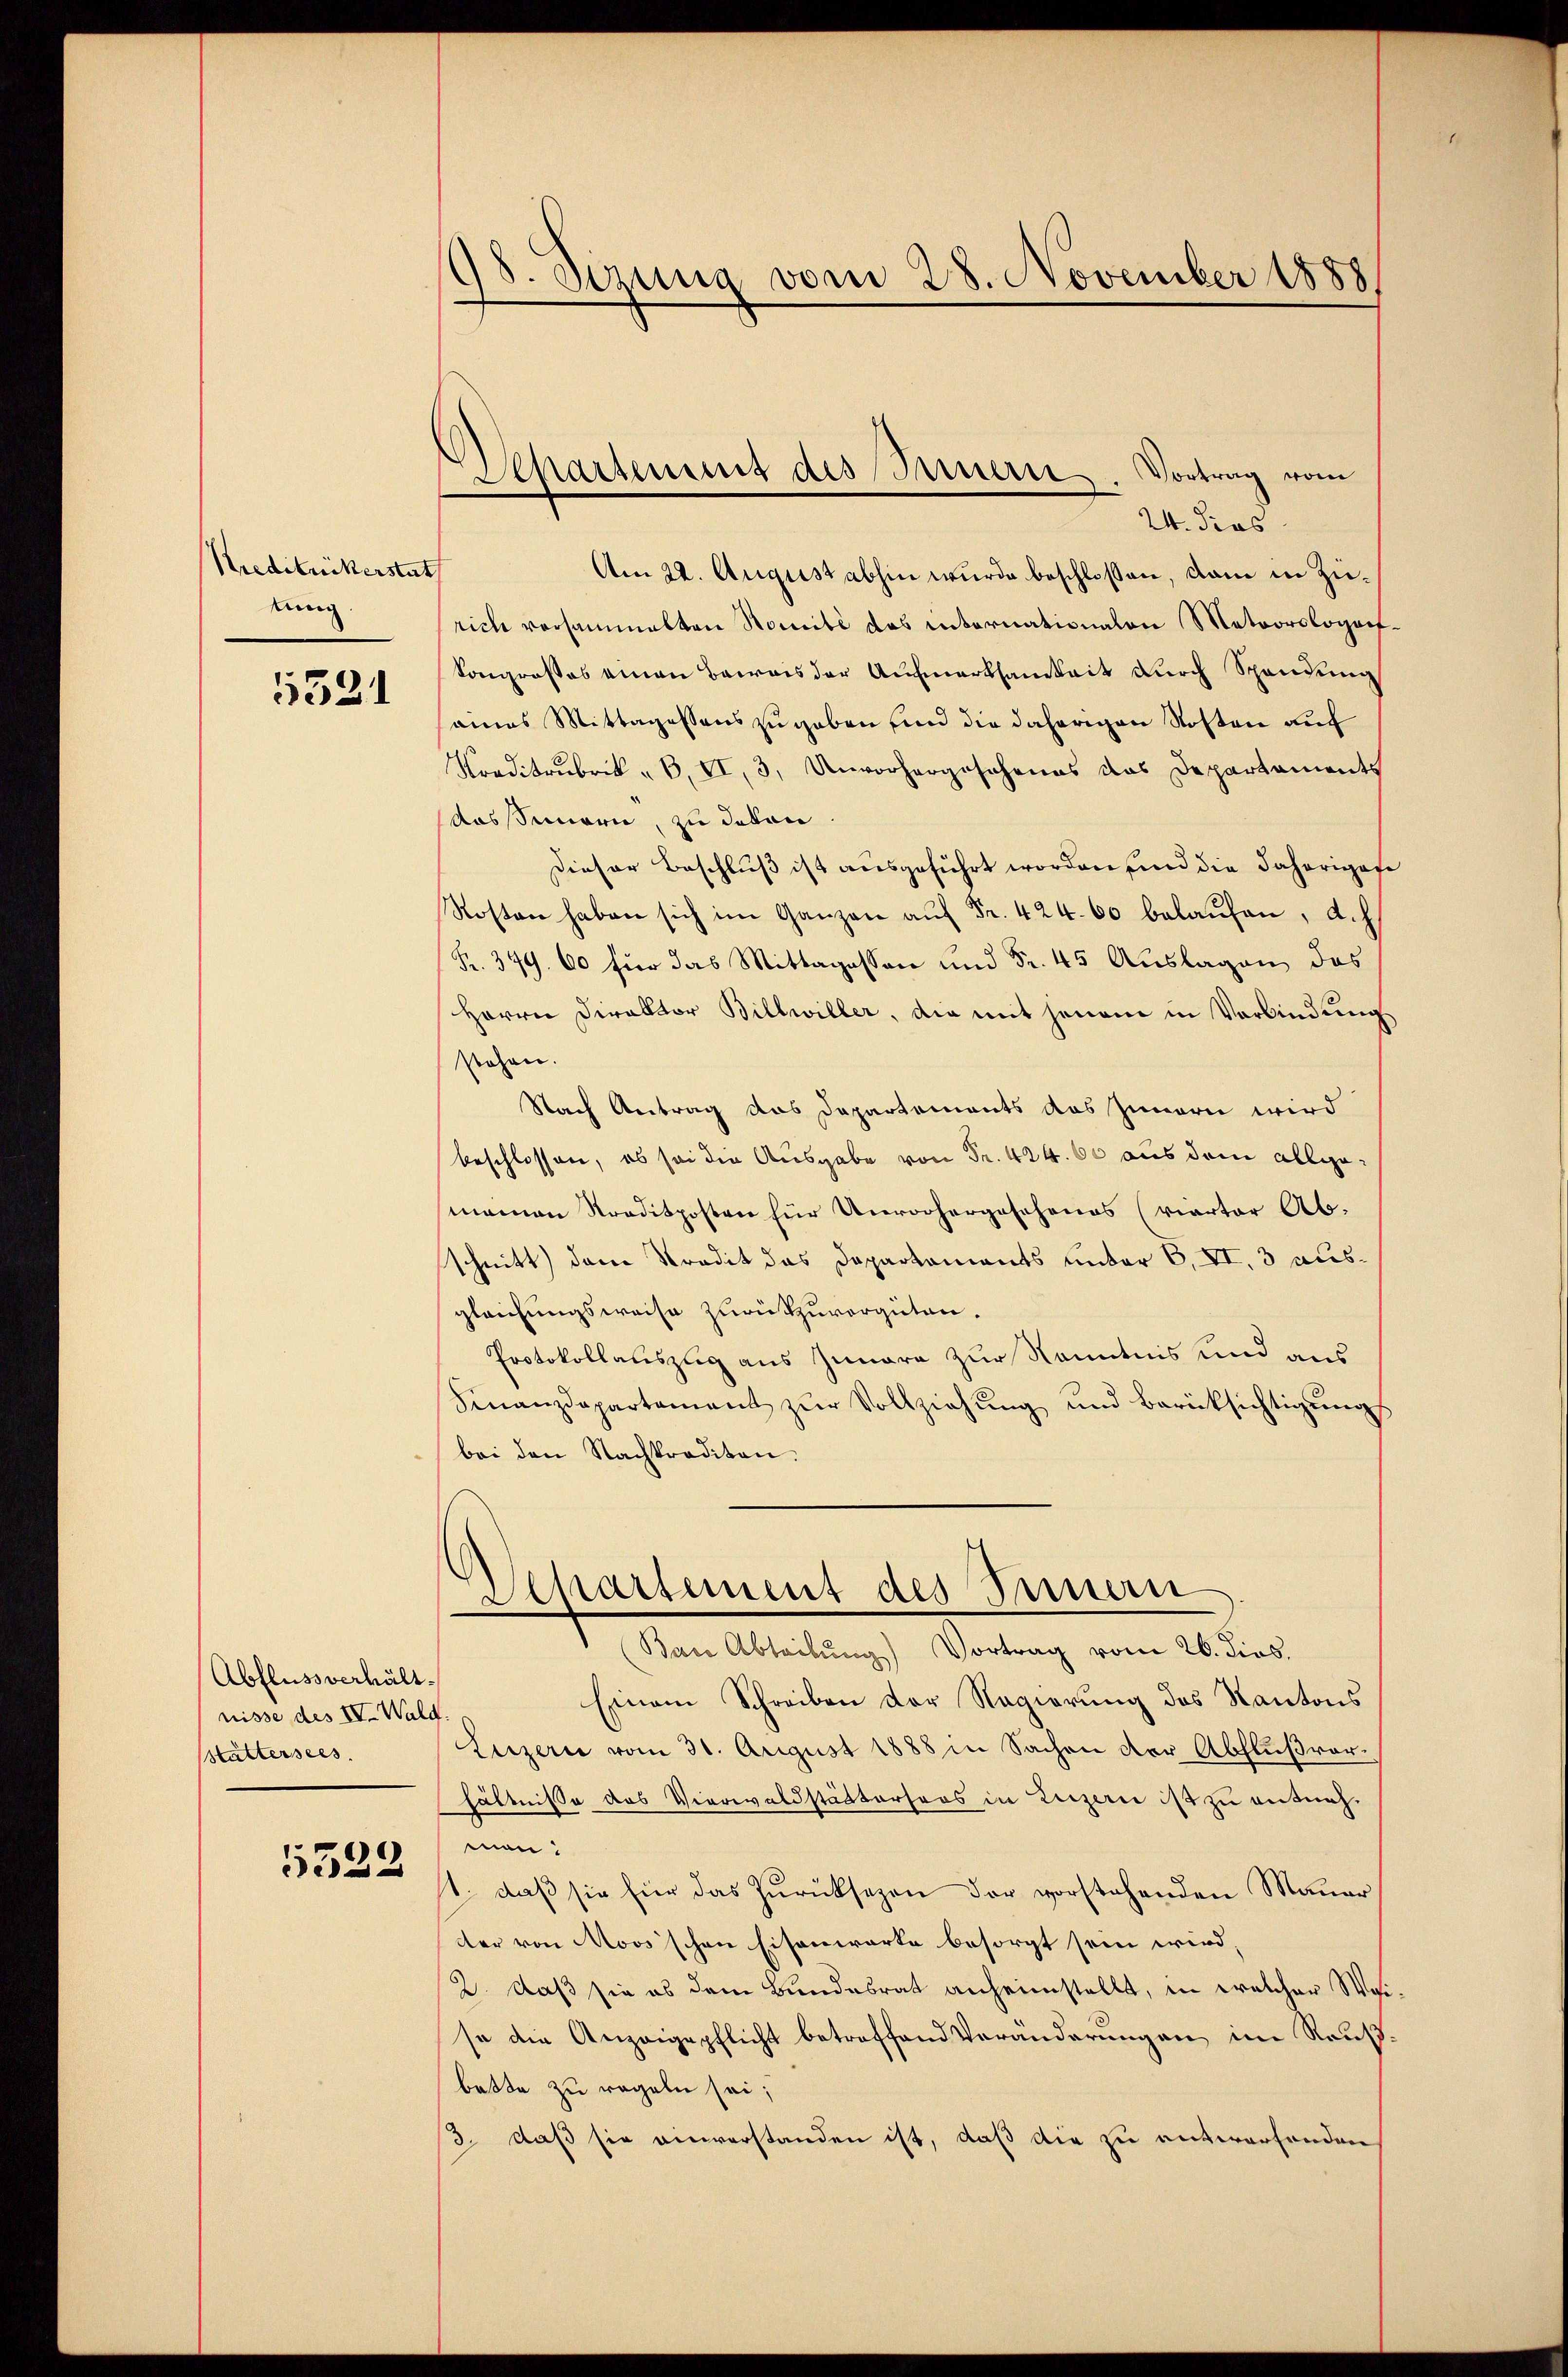
Kreditanikerste
tung

5521

Abfluss verhältnisse des IV. Wald
Stättersees.

5522

98. Sizung vom 28. November 1888

Separtement des Innern. Vortrag vom

24. Fras
Am 22. August abhin wurde beschlossen, dam in Zürich versammelten Nomité des internationalen Meteorologorf.
Kongrosses einen Beweis der Aufmerksamkeit durch Spandung
saines Mittagessens zugeben, und die daherigen Kosten auf
Norditrubrik B, II, 3, Unvorhergeschenes das Departements
Aossimmern, zu deten
Dieser Beschluß ist ausgeführt worden sind die daheriges¬
Rosten haben sich im Ganzen auf Fr. 424. 60 belaufen, d.h.
R. 349. 60 für das Mittagessen und Fr. 45 Auslagen des
Herrn Direktor Billwiller, die mit jenem in Verbindung
stehen.
Nach Antrag das Departements des Innern wird

manen Straditposten für Unvorhergesehenes (vierter Ab-
schnitt dem Kredit das Departements unter 6, VI, 3 ausgleichungsweise zurückzuvergüten.
Protokollauszug aus Iunara zur Kenntnis und aus
Finanzdepartement zŭr Vollziehŭng und Berücksichtigŭngs
bei den Nachkraditan.
Separtement des Seinern
Ban Abteilung) Vortrag vom 26. dies.
Einem Schreiben der Regierung des Kantons
Luzern vom 31. August 1888 in Sachen der Abflußverhältnisse des Vieriwaldstädtersors in Luzerne ist zu entnehmen:
1., daß sie für das Zurücksezen der vorstehenden Mauer
der von Moos'schen Eisenwarte besorgt sein wird.
2. Daß sie es dem Bundesrat anheimstellt, in welcher Waiso die Anzeigepflicht betreffend Veränderungen im Rauß
batte zu regeln sei;
13. daß sie anverstanden ist, daß die zu entworfenden